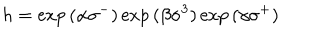
LaTeX: h = \exp { ( \alpha \sigma ^ { - } ) } \exp { ( \beta \sigma ^ { 3 } ) } \exp { ( \gamma \sigma ^ { + } ) }